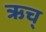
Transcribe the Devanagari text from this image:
ऋच्‌